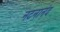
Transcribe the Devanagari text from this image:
नटनानंद